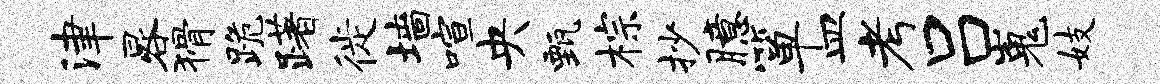
津晷猾跪躇徙墙喧央甄棕抄臆箪皿考吕嵬妓